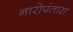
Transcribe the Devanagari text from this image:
नारोपंतास